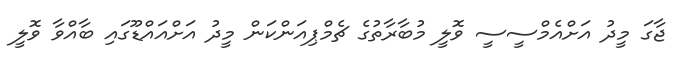
ޖާގަ މީދު އަށްއެމްސީސީ ވޮލީ މުބާރާތުގެ ޗެމްޕިއަންކަން މީދު އަށްއައްޑޫގައި ބާއްވާ ވޮލީ